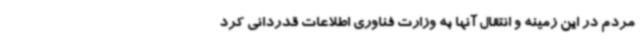
مردم در این زمینه و انتقال آنها به وزارت فناوری اطلاعات قدردانی کرد